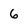
Character: 6